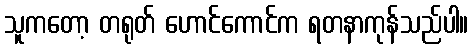
သူကတော့ တရုတ် ဟောင်ကောင်က ရတနာကုန်သည်ပါ။